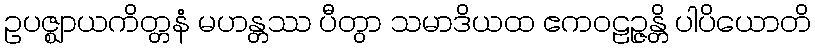
ဥပဇ္ဈာယကိတ္တနံ မဟန္တဿ ပီတွာ သမာဒိယထ ဧကဝဠဉ္ဇန္တိ ပါပိယောတိ